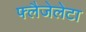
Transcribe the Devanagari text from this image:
फ्लैजेलेटा